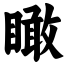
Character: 瞰